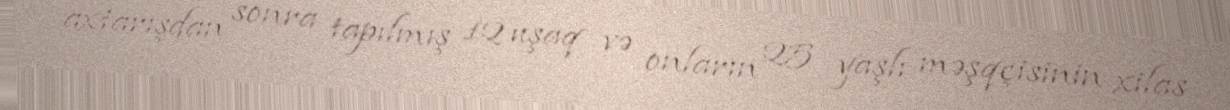
axtarışdan sonra tapılmış 12 uşaq və onların 25 yaşlı məşqçisinin xilas